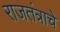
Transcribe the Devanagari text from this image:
राजतंत्राचे